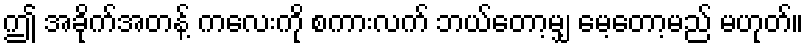
ဤ အခိုက်အတန့် ကလေးကို စကားလက် ဘယ်တော့မျှ မေ့တော့မည် မဟုတ်။